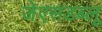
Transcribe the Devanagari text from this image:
जेएसडब्लू